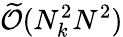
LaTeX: \widetilde{\mathcal{O}}(N_{k}^{2}N^{2})